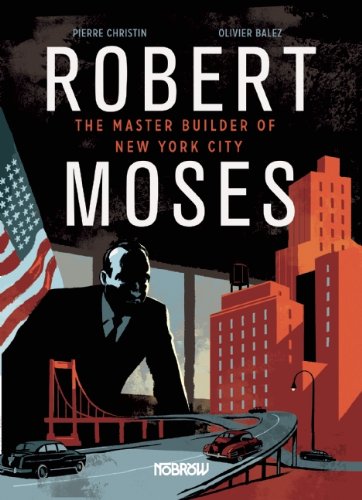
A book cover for Robert Moses: The Master Builder of New York City; Pierre Christin; Comics & Graphic Novels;